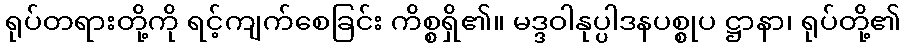
ရုပ်တရားတို့ကို ရင့်ကျက်စေခြင်း ကိစ္စရှိ၏။ မဒ္ဒဝါနုပ္ပါဒနပစ္စုပ ဋ္ဌာနာ၊ ရုပ်တို့၏